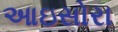
આઇસોરા